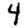
Digit: 4